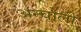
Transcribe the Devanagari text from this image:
अन्चोली